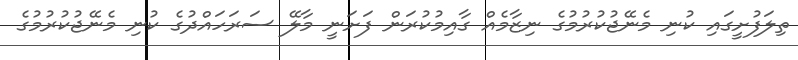
ތިލަފުށީގައި ކުނި މެނޭޖުކުރުމުގެ ނިޒާމެއް ގާއިމުކުރަން ފަށަނީ މާލޭ ސަރަހައްދުގެ ކުނި މެނޭޖުކުރުމުގެ